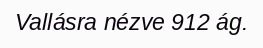
Vallásra nézve 912 ág.